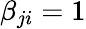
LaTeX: \beta_{ji}=1